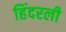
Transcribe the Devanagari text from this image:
हिंदरली